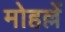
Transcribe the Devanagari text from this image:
मोहल्लें